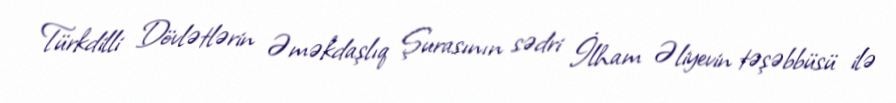
Türkdilli Dövlətlərin Əməkdaşlıq Şurasının sədri İlham Əliyevin təşəbbüsü ilə